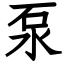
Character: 泵